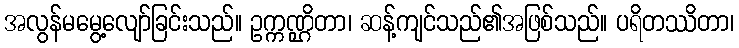
အလွန်မမွေ့လျော်ခြင်းသည်။ ဥက္ကဏ္ဌိတာ၊ ဆန့်ကျင်သည်၏အဖြစ်သည်။ ပရိတဿိတာ၊